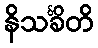
နိသင်္ခိတိ